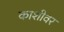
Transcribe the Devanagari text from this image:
काशीवर